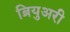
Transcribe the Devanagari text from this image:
ब्रियुअरी